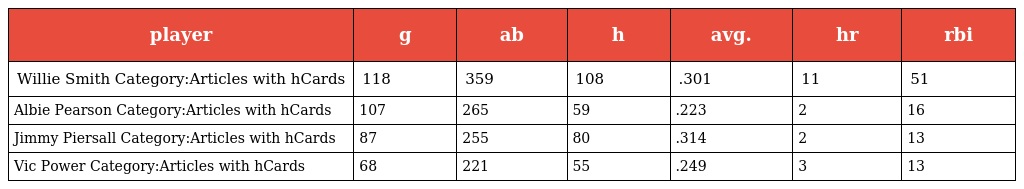
| player | g | ab | h | avg. | hr | rbi |
 | --- | --- | --- | --- | --- | --- | --- |
 | Willie Smith Category:Articles with hCards | 118 | 359 | 108 | .301 | 11 | 51 |
 | Albie Pearson Category:Articles with hCards | 107 | 265 | 59 | .223 | 2 | 16 |
 | Jimmy Piersall Category:Articles with hCards | 87 | 255 | 80 | .314 | 2 | 13 |
 | Vic Power Category:Articles with hCards | 68 | 221 | 55 | .249 | 3 | 13 |